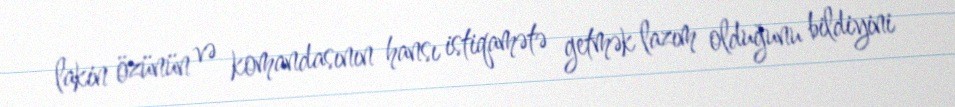
lakin özünün və komandasının hansı istiqamətə getmək lazım olduğunu bildiyini